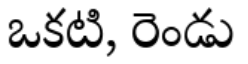
ఒకటి, రెండు